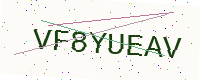
Text: VF8YUEAV